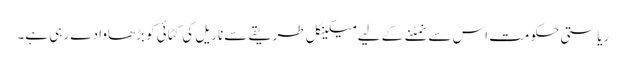
ریاستی حکومت اس سے نمٹنے کے لیے میکینکل طریقے سے ناریل کی کٹائی کو بڑھاوا دے رہی ہے۔